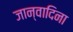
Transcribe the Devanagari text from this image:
जान्वादिना